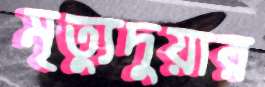
মৃত্যুদুয়ার